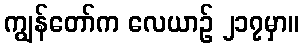
ကျွန်တော်က လေယာဉ် ၂၁၇မှာ။